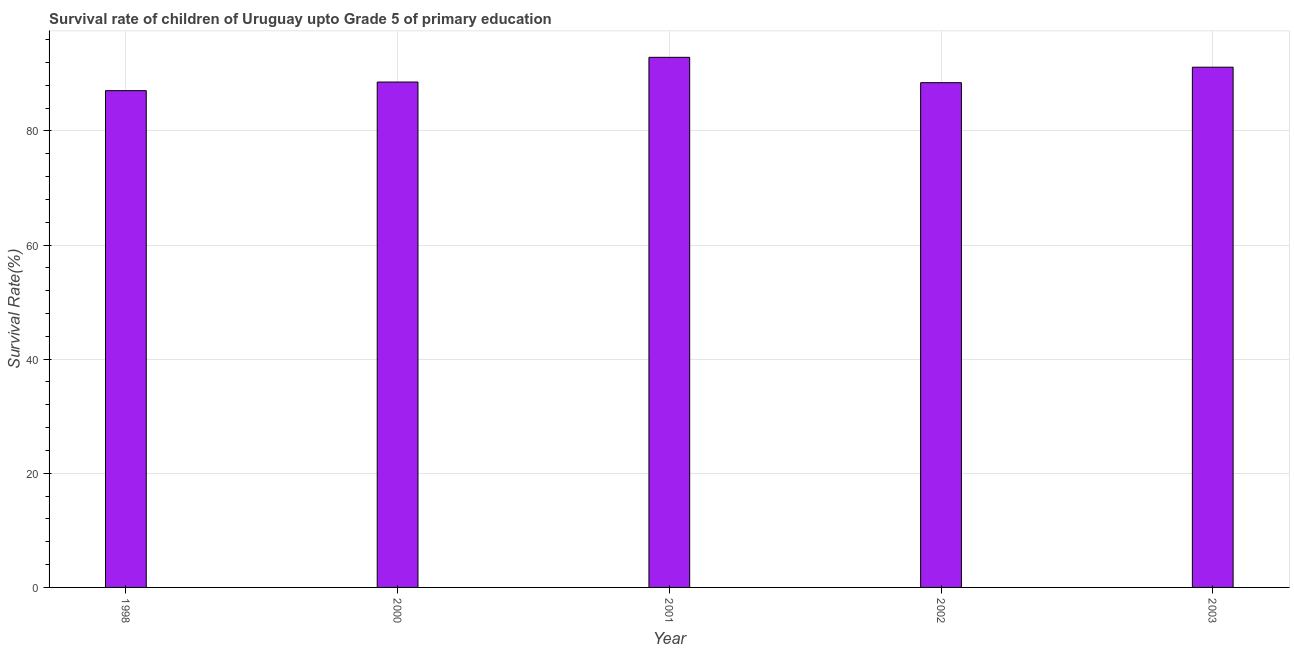
| Year | Survival rate |
 | --- | --- |
 | 1998 | 87.1 |
 | 2000 | 88.6 |
 | 2001 | 92.9 |
 | 2002 | 88.5 |
 | 2003 | 91.2 |